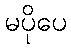
မပိုပေ